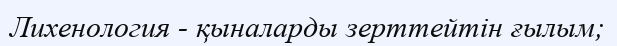
Лихенология - қыналарды зерттейтін ғылым;